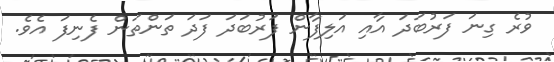
ވުރެ ގިނަ ފަރުބަދަ އާއި އަލިފާން ފަރުބަދަ ފަދަ ތަންތަން ފެނިފަ އެވެ.